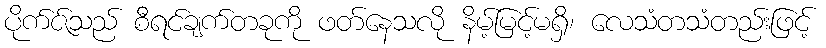
ပိုက်ဇ်သည် စီရင်ချက်တခုကို ဖတ်နေသလို နိမ့်မြင့်မရှိ၊ လေသံတသံတည်းဖြင့်